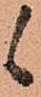
候